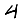
Digit: 4